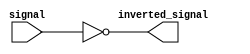
module open_drain_inverter (
    input signal,
    output wire inverted_signal
);

assign inverted_signal = ~signal;

endmodule